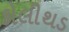
કોલીથડ